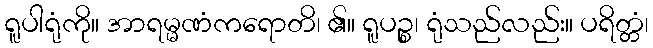
ရူပါရုံကို။ အာရမ္မဏံကရောတိ၊ ၏။ ရူပဉ္စ၊ ရုံသည်လည်း။ ပရိတ္တံ၊